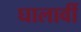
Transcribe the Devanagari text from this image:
घालावीं